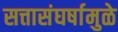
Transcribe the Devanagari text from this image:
सत्तासंघर्षामुळे